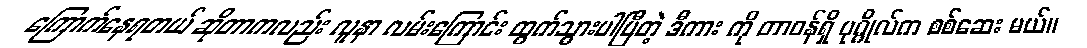
ကြောက်နေရတယ် ဆိုတာကလည်း လူနာ လမ်းကြောင်း ထွက်သွားပါပြီတဲ့ ဒီကား ကို တာဝန်ရှိ ပုဂ္ဂိုလ်က စစ်ဆေး မယ်။